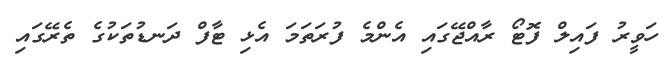
ހަވީރު ފައިލް ފޮޓޯ ރާއްޖޭގައި އެންމެ ފުރަތަމަ އެޅި ޓާފް ދަނޑުތަކުގެ ތެރޭގައި